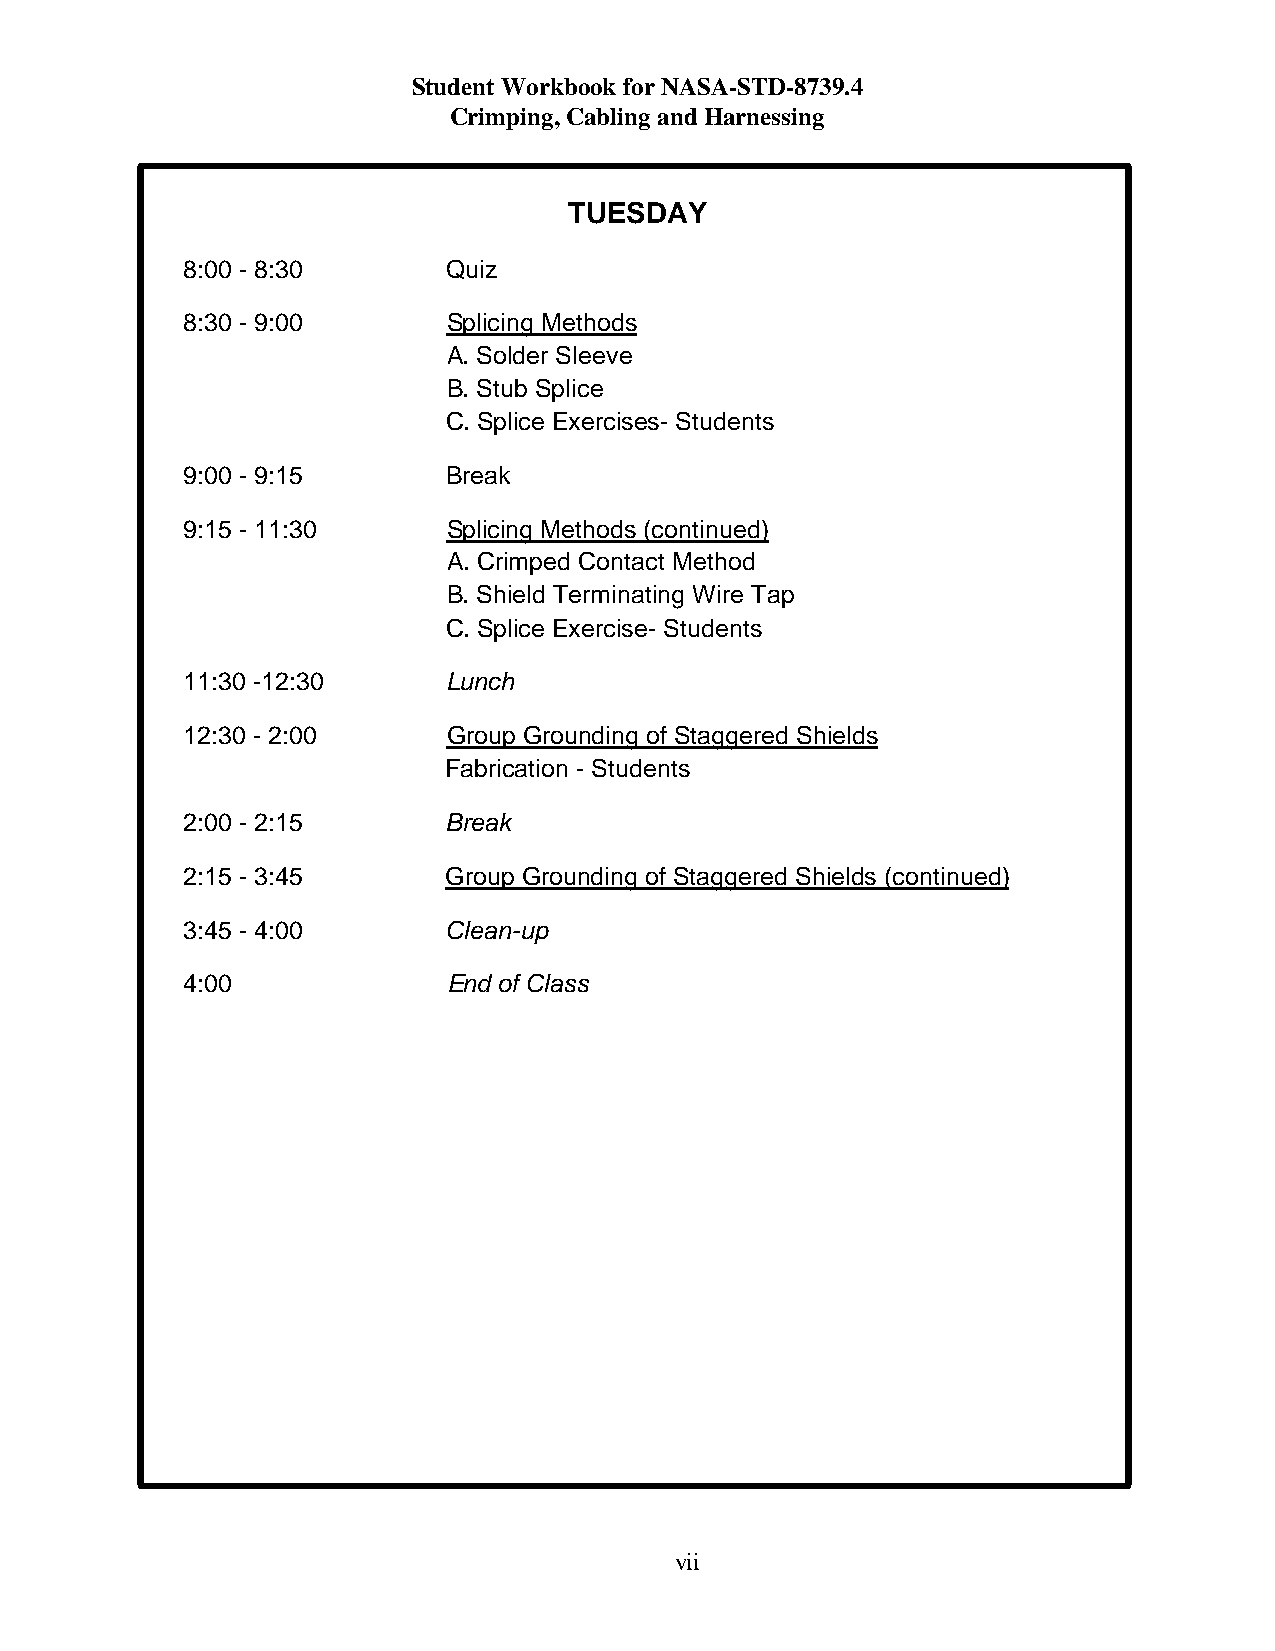
Student Workbook for NASA-STD-8739.4
 Crimping, Cabling and Harnessing
 TUESDAY
 8:00 - 8:30      Quiz
 8:30 - 9:00       Splicing Methods
 A. Solder Sleeve
 B. Stub Splice
 C. Splice Exercises- Students
 9:00 - 9:15      Break
 9:15 - 11:30      Splicing Methods (continued)
 A. Crimped Contact Method
 B. Shield Terminating Wire Tap
 C. Splice Exercise- Students
 11:30 -12:30     Lunch
 12:30 - 2:00      Group Grounding of Staggered Shields
 Fabrication - Students
 2:00 - 2:15      Break
 2:15 - 3:45      Group Grounding of Staggered Shields (continued)
 3:45 - 4:00      Clean-up
 4:00              End of Class
 vii